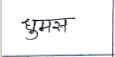
मजकूर: घुमस